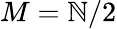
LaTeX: M=\mathbb{N}/2